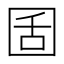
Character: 𡇜